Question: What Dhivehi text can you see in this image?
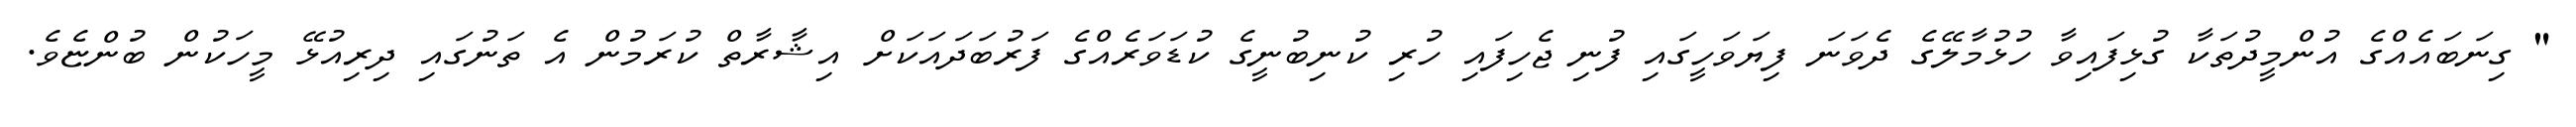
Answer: " ގިނަބައެއްގެ އުންމީދުތަކާ ގުޅިފައިވާ ހުޅުމާލޭގެ ދެވަނަ ފިޔަވަހީގައި ފުނި ޖެހިފައި ހުރި ކުނިބުނީގެ ކުޑަވަރެއްގެ ފަރުބަދައަކަށް އިޝާރާތް ކުރަމުން އެ ތަނުގައި ދިރިއުޅޭ މީހަކުން ބުންޏެވެ.